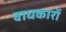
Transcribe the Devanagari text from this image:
वाधकारों